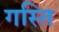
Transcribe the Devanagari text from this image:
गस्ति